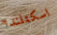
اسكتلندا